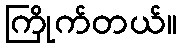
ကြိုက်တယ်။